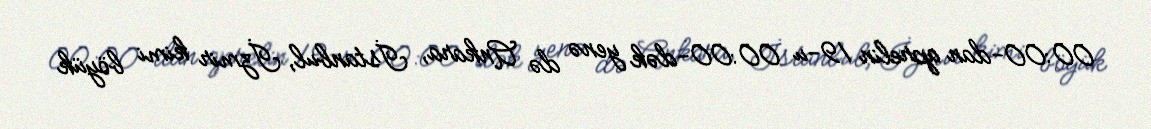
00:00-dan aprelin 19-u 00:00-dək yenə də Ankara, İstanbul, İzmir kimi böyük